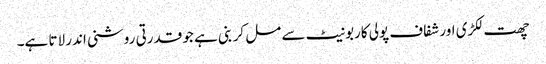
چھت لکڑی اور شفاف پولی کاربونیٹ سے مل کر بنی ہے جو قدرتی روشنی اندر لاتا ہے۔